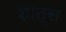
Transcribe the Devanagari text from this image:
शात्स